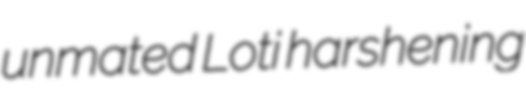
unmated Loti harshening